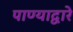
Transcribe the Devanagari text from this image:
पाण्याद्वारे